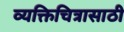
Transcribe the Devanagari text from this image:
व्यक्तिचित्रासाठी